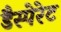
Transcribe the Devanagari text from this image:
डैस्पेरेट